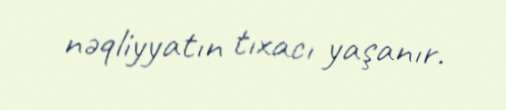
nəqliyyatın tıxacı yaşanır.